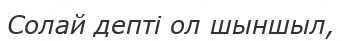
Солай депті ол шыншыл,